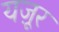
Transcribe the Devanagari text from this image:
यज़ूर